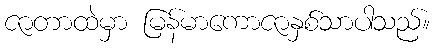
ဇာတာထဲမှာ မြန်မာကောဇာနှစ်သာပါသည်။